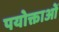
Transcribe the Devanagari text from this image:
पयोक्ताओं